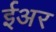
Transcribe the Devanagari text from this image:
ईअर